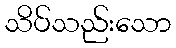
သိပ်သည်းသော